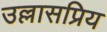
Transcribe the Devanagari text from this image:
उल्लासप्रिय